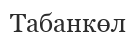
Табанкөл